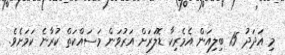
މި އަދަދު 15 ބިލިއަން އެމެރިކާ ޑޮލަރަށް އަރުވަން މަސައްކަތް ކުރާނެ ކަމަށެވެ.